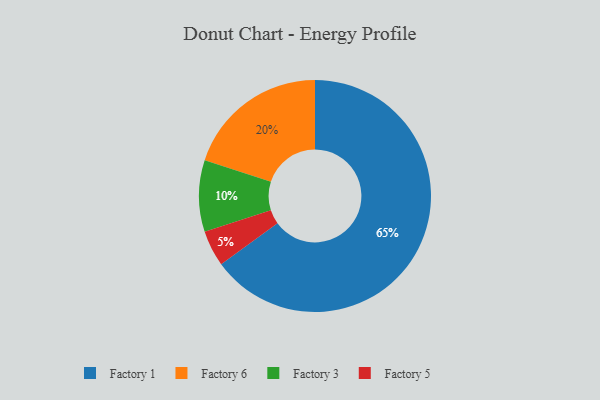
{"axis": {"x": "Category", "y": "Percentage"}, "legend": ["Factory 1", "Factory 3", "Factory 5", "Factory 6"], "data": [{"x": "Factory 5", "y": 5, "type": "Factory 5"}, {"x": "Factory 1", "y": 65, "type": "Factory 1"}, {"x": "Factory 6", "y": 20, "type": "Factory 6"}, {"x": "Factory 3", "y": 10, "type": "Factory 3"}]}